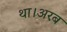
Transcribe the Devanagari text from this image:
था।अरब